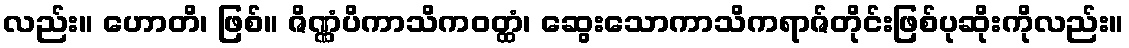
လည်း။ ဟောတိ၊ ဖြစ်။ ဇိဏ္ဏံပိကာသိကဝတ္ထံ၊ ဆွေးသောကာသိကရာဇ်တိုင်းဖြစ်ပုဆိုးကိုလည်း။